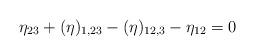
LaTeX: \begin{align*}\eta_{23}+(\eta)_{1,23}-(\eta)_{12,3}-\eta_{12}=0\end{align*}